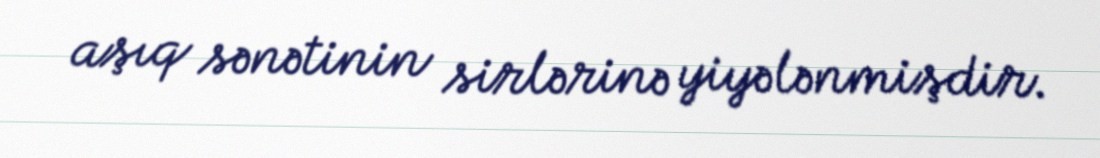
aşıq sənətinin sirlərinə yiyələnmişdir.